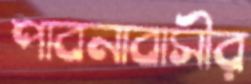
পাবনাবাসীর